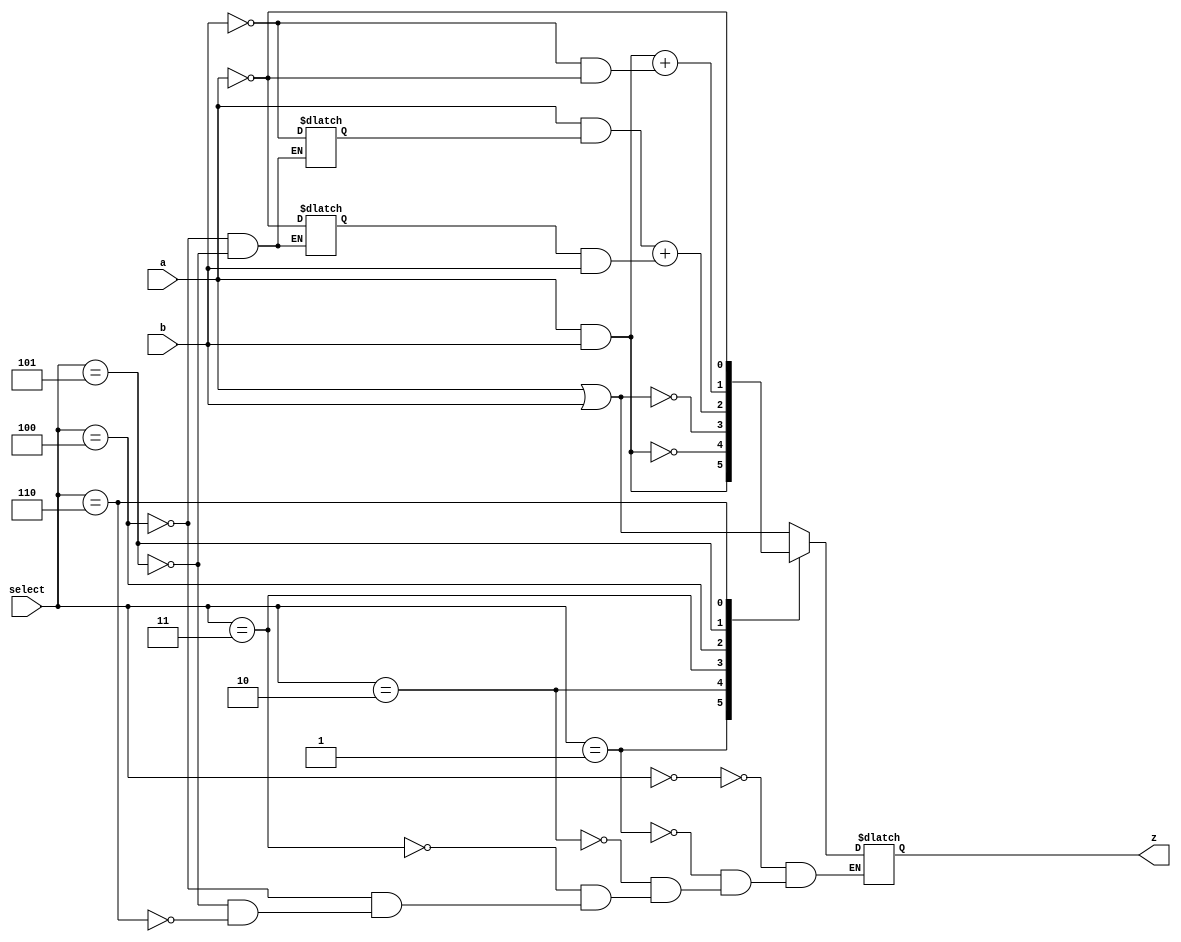
`timescale 1ns / 1ps
//////////////////////////////////////////////////////////////////////////////////
// Company: 
// Engineer: 
// 
// Design Name: 
// Module Name:    all_module 
// Project Name: 
// Target Devices: 
// Tool versions: 
// Description: 
//
// Dependencies: 
//
// Revision: 
// Revision 0.01 - File Created
// Additional Comments: 
//
//////////////////////////////////////////////////////////////////////////////////
module allmodule(
    input a,
    input b,
    input [2:0] select,
    output  z
    );
				 
	reg out;
            reg  K,J,V,L;
	
always@(a,b)
   case(select)
3'b000:   out =a|b;
3'b001:  out =a&b;
3'b010 :  begin 
               K=a&b;
               out =~K;        
	end
3'b011:  begin 
        K=a|b;
        out=~K;
       end					
3'b100:  begin 
         K= a&V;
         V=~b;
         J=L&b;
          L=~a;
         out=K+J;
           end
3'b101  : begin 
         K= a&b;
          V=~b;
          L=~a;
          J=V&L;
          out=K+J;
	 end 
3'b110:  out=~(a);
 endcase
not(z,~out);

endmodule